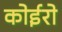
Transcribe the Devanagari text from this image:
कोईरो